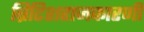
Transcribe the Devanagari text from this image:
ब्रिटिशराजकारणी